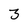
Character: 3